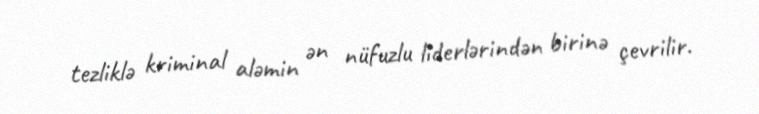
tezliklə kriminal aləmin ən nüfuzlu liderlərindən birinə çevrilir.